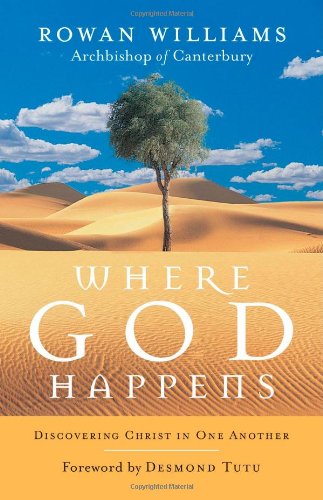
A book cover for Where God Happens: Discovering Christ in One Another; Rowan Williams; Christian Books & Bibles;